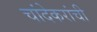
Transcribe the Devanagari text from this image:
चांदेकरांची